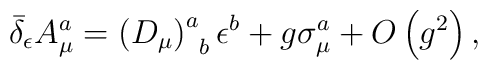
\bar \delta _\epsilon A_\mu ^a=\left( D_\mu \right)_{\;\;b}^a\epsilon ^b+g\sigma _\mu ^a+O\left( g^2\right) ,